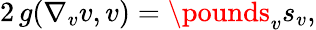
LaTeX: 2\, g(\nabla_{v}v,v)=\pounds_{v}s_{v},